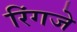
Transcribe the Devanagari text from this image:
रिंगजे